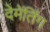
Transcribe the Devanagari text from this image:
देमेंतिंग